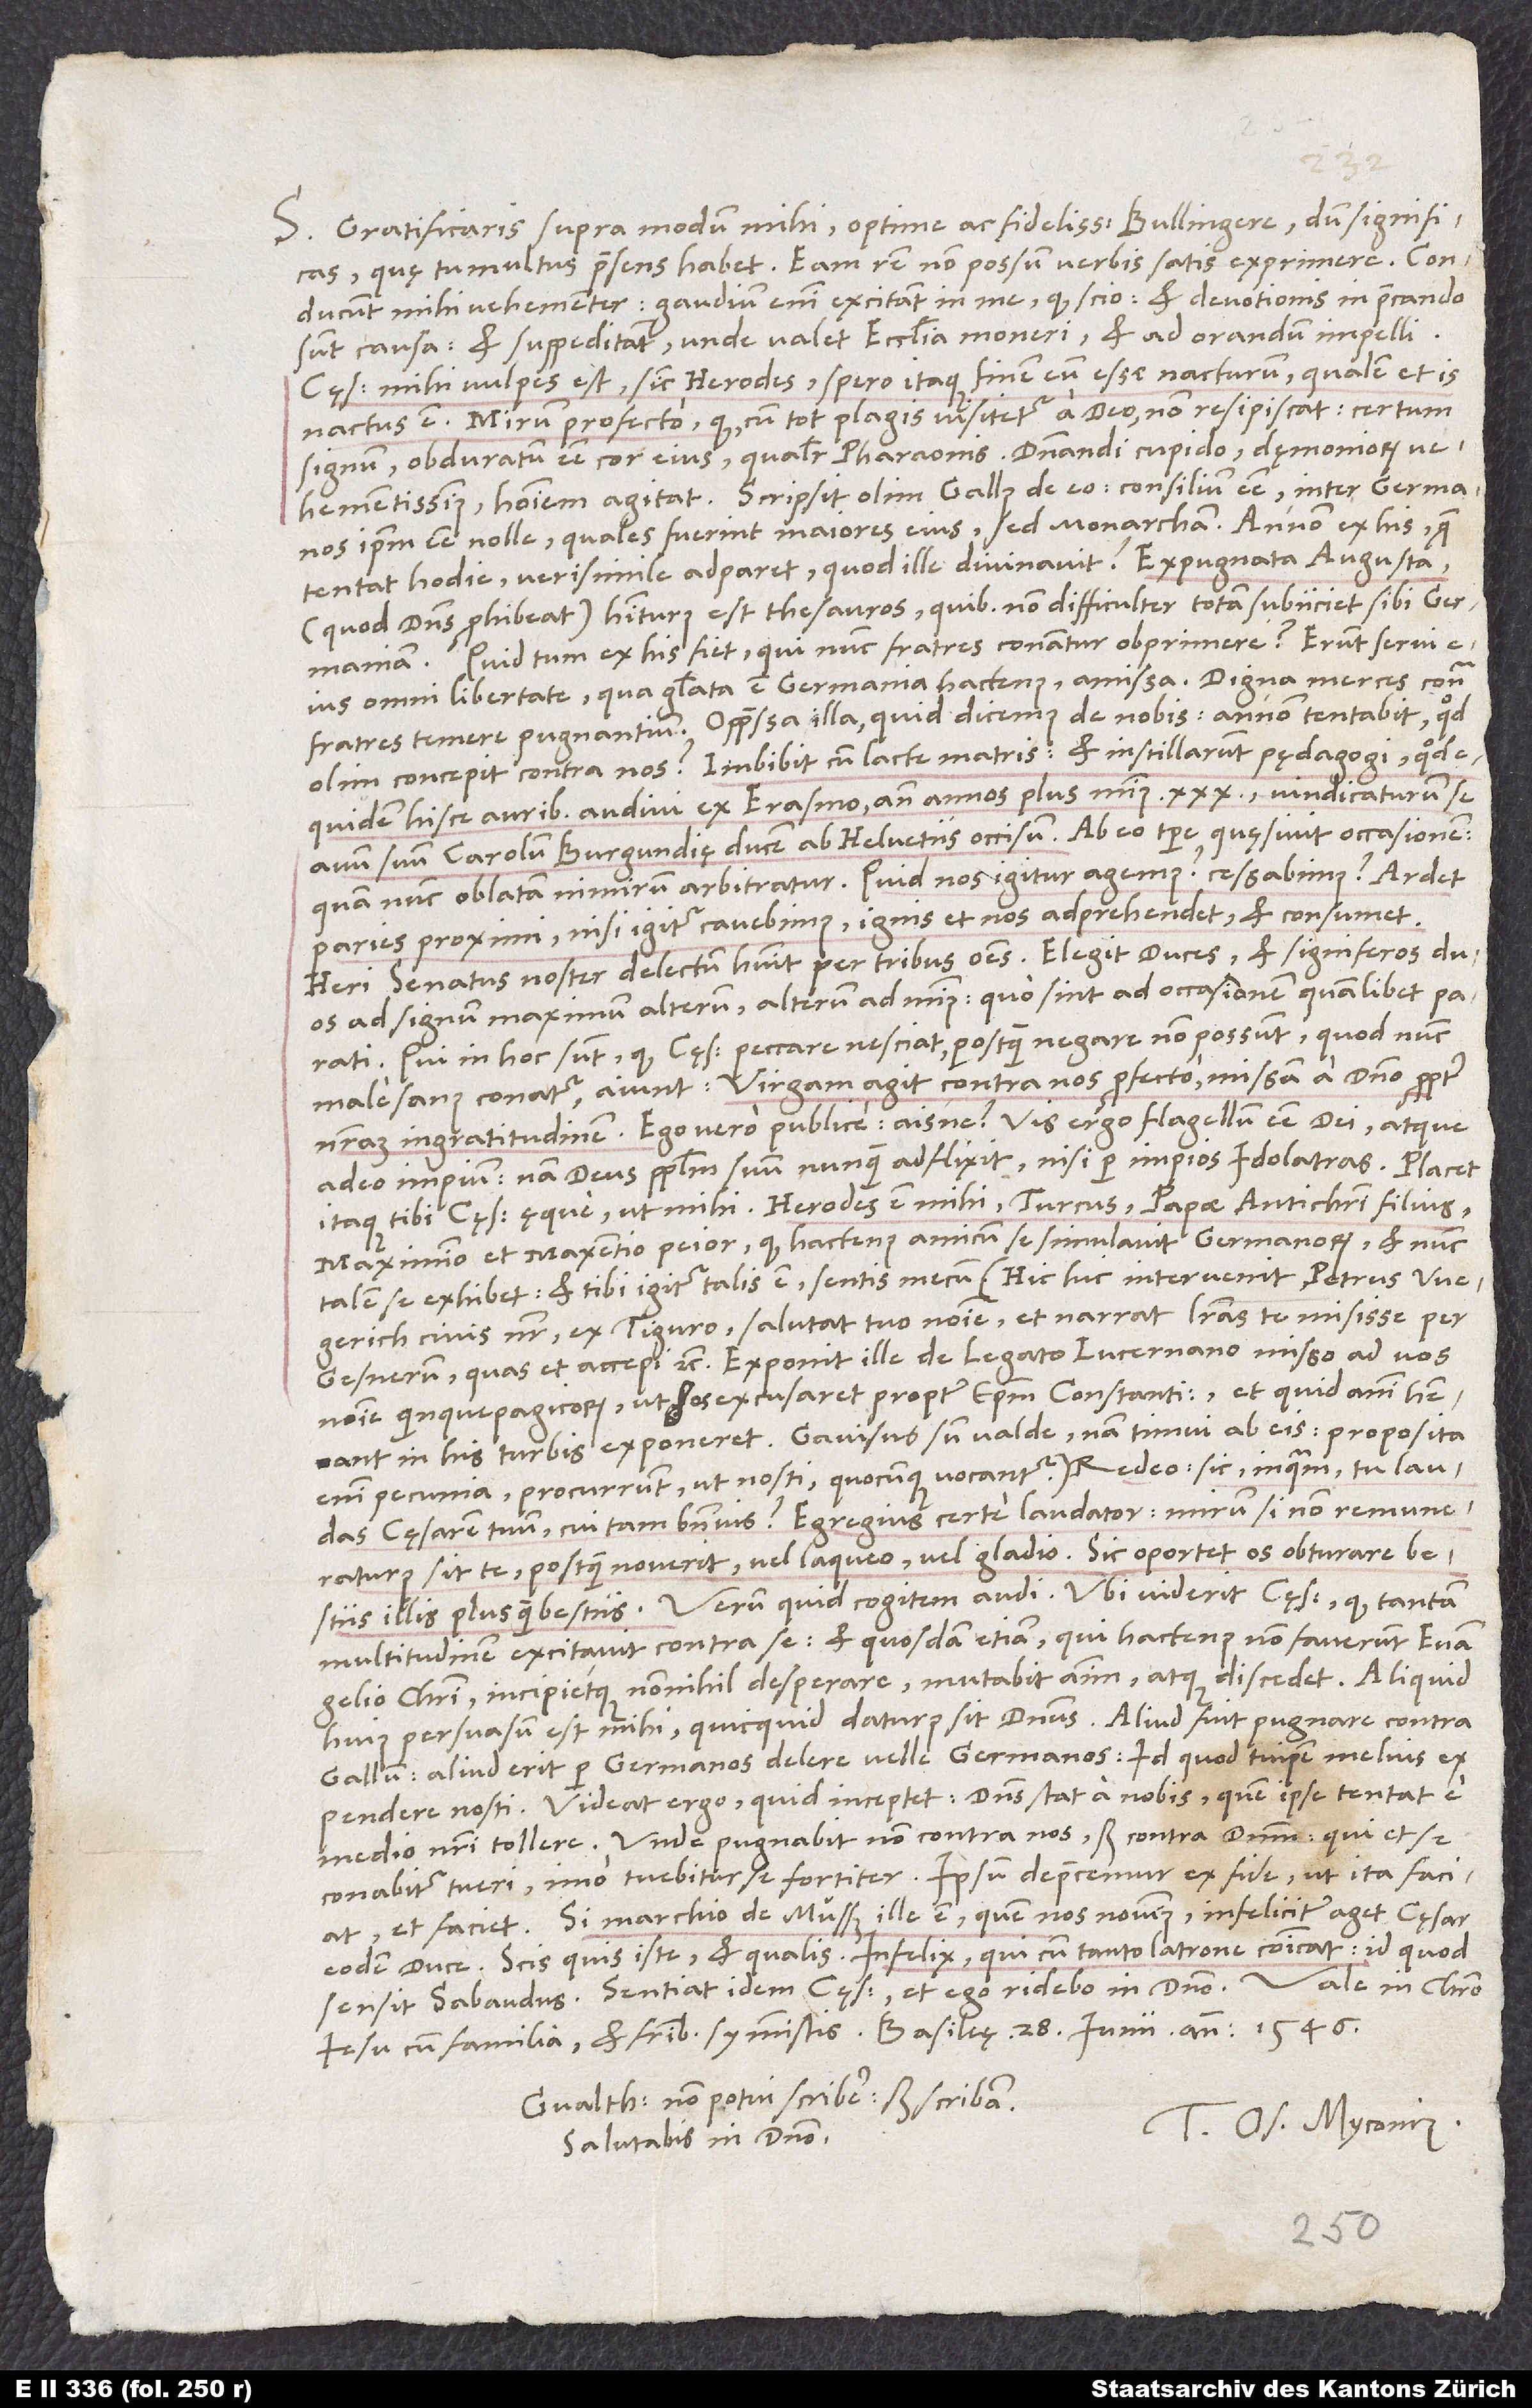
S. Gratificaris supra modum mihi, optime ac fidelissime Bullingere, dum significas,
quę tumultus praesens habet. Eam rem non possum verbis satis exprimere. Conducunt
mihi vehementer. Gaudium enim excitant in me, quod scio, et devotionis in precando
sunt causa, et suppeditant, unde valet ecclesia moneri et ad orandum impelli.
Cęsar mihi vulpes est, sicut Herodes. Spero itaque finem eum esse nacturum, qualem et is
nactus est. Mirum profecto, quod, cum tot plagis visitetur a deo, non resipiscat; certum
signum obduratum esse cor eius qualiter Pharaonis. Dominandi cupido, dęmoniorum
vehementissimus, hominem agitat. Scripsit olim Gallus de eo consilium esse inter Germanos
ipsum esse nolle, quales fuerint maiores eius, sed monarcham. Annon ex his, quae
tentat hodie, verisimile adparet, quod ille divinavit? Expugnata Augusta
(quod dominus prohibeat) habiturus est thesauros, quibus non difficulter totam subiiciet sibi Germaniam.
Quid tum ex his fiet, qui nunc fratres conantur obprimere? Erunt servi eius
omni libertate, qua gloriata est Germania hactenus, amissa: Digna merces contra
olim concepit contra nos, imbibit cum lacte matris et instillarunt pędagogi? Quod
equidem hisce auribus audivi ex Erasmo ante annos plus minus 30, vindicaturum se
quam nunc oblatam nimirum arbitratur. Quid nos igitur agemus? Cessabimus? Ardet
Nisi igitur cavebimus, ignis et nos adprehendet et consumet.
Heri senatus noster delectum habuit per tribus omnes. Elegit duces et signiferos duos,
ad signum maximum alterum, alterum ad minus, quo sint ad occasionem quamlibet parati.
Qui in hoc sunt, quod cęsar peccare nesciat, postquam negare non possunt, quod nunc
male sanus conatur, aiunt: Virgam agit contra nos profecto, missam a domino propter
nostram ingratitudinem. Ego vero publice: „Aisne? Vis ergo flagellum esse dei atque
adeo impium; nam deus populum suum nunquam adflixit nisi per impios idolatras. Placet
itaque tibi cęsar ęque ut mihi. Herodes est mihi, Turcus, papae antichristi filius,
Maximino et Maxentio peior, quod hactenus amicum se simulavit Germanorum et nunc
talem se exhibet; et tibi igitur talis est, sentis mecum.“ (Hic hic intervenit Petrus Wegerich,
civis noster, ex Tiguro. Salutat tuo nomine et narrat literas te misisse per
Gesnerum, quas et accepi, etc. Exponit ille de legato Lucernano misso ad vos
nomine Quinquepagicorum, ut hos excusaret propter episcopum Constantiensem et, quid animi habeant
in his turbis, exponeret. Gavisus sum valde, nam timui ab eis. Proposita
enim pecunia procurrunt, ut nosti, quocunque vocantur!) Redeo: „Sic,“ inquam, „tu laudas
cęsarem tuum, cui tam bene vis. Egregius certe laudator! Mirum, si non remuneraturus
sit te, postquam noverit, vel laqueo vel gladio.“ Sic oportet os obturare bestiis
multitudinem excitavit contra se et quosdam etiam, qui hactenus non faverunt evangelio
Christi, incipietque nonnihil desperare, mutabit animum atque discedet.
huius persuasum est mihi, quicquid daturus sit dominus. Aliud fuit pugnare contra
Gallum; aliud erit per Germanos delere velle Germanos: Id, quod tu ipse melius
expendere nosti. Videat ergo, quid inceptet! Dominus stat a nobis, quem ipse tentat e
medio nostri tollere. Unde pugnabit non contra nos, sed contra dominum, qui et se
conabitur tueri, imo tuebitur se fortiter. Ipsum deprecemur ex fide, ut ita faciat,
et faciet. Si marchio de Mussus ille est, quem nos novimus, infeliciter aget cęsar
eodem duce. Scis, quis iste et qualis. Infelix, qui cum tanto latrone communicat! Id, quod
sensit Sabaudus, sentiat idem cęsar, et ego ridebo in domino. Vale in Christo
Iesu cum familia et fratribus symmistis. Basileę, 28. iunii anno 1546.
Gvalthero non potui scribere, sed scribam.
Tuus Os. Myconius.
Salutabis in domino.